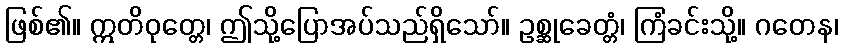
ဖြစ်၏။ ဣတိဝုတ္တေ၊ ဤသို့ပြောအပ်သည်ရှိသော်။ ဥစ္ဆုခေတ္တံ၊ ကြံခင်းသို့။ ဂတေန၊